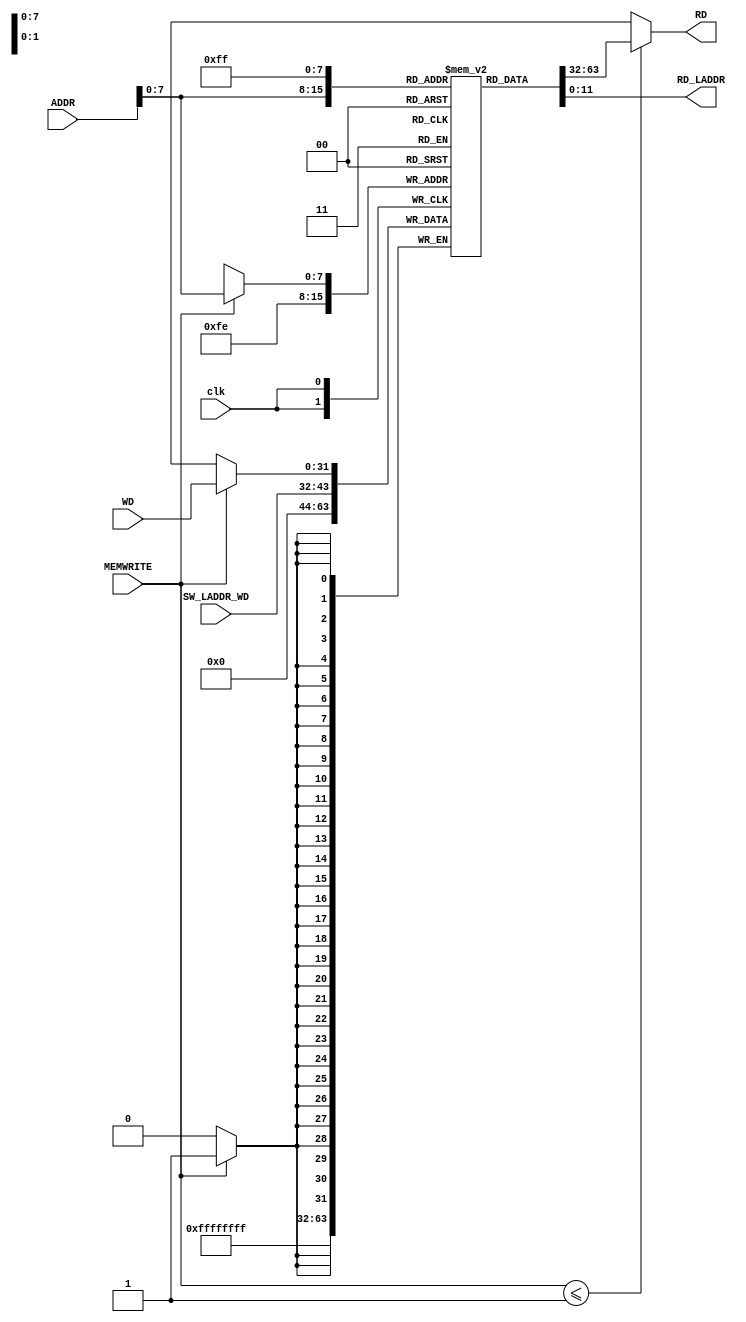
// data memory
module dm(
        input clk,
        input [31:0] WD,
        input [31:0] ADDR,
        input [11:0] SW_LADDR_WD, // will act as last address data in. -> STDIN
        input MEMWRITE, // WRITE ENABLE (WE)
        output [31:0] RD,
        output [11:0] RD_LADDR // will output last 12 bits of the content at the last address in memory. -> STDOUT
        );
        reg [31:0] ram_content [255:0]; // ONE-HOT lines.
        
        initial begin
        ram_content[0] = 0;
        ram_content[1] = 0;
        ram_content[2] = 0;
        ram_content[3] = 0;
        ram_content[4] = 0;
        ram_content[5] = 0;
        ram_content[6] = 0;
        ram_content[7] = 0;
        ram_content[8] = 0;
        ram_content[9] = 0;
        ram_content[10] = 0;
        ram_content[11] = 0;
        ram_content[12] = 0;
        ram_content[13] = 0;
        ram_content[14] = 0;
        ram_content[15] = 0;
        ram_content[16] = 0;
        ram_content[17] = 0;
        ram_content[18] = 0;
        ram_content[19] = 0;
        ram_content[20] = 0;
        ram_content[21] = 0;
        ram_content[22] = 0;
        ram_content[23] = 0;
        ram_content[24] = 0;
        ram_content[25] = 0;
        ram_content[26] = 0;
        ram_content[27] = 0;
        ram_content[28] = 0;
        ram_content[29] = 0;
        ram_content[30] = 0;
        ram_content[31] = 0;
        ram_content[32] = 0;
        ram_content[33] = 0;
        ram_content[34] = 0;
        ram_content[35] = 0;
        ram_content[36] = 0;
        ram_content[37] = 0;
        ram_content[38] = 0;
        ram_content[39] = 0;
        ram_content[40] = 0;
        ram_content[41] = 0;
        ram_content[42] = 0;
        ram_content[43] = 0;
        ram_content[44] = 0;
        ram_content[45] = 0;
        ram_content[46] = 0;
        ram_content[47] = 0;
        ram_content[48] = 0;
        ram_content[49] = 0;
        ram_content[50] = 0;
        ram_content[51] = 0;
        ram_content[52] = 0;
        ram_content[53] = 0;
        ram_content[54] = 0;
        ram_content[55] = 0;
        ram_content[56] = 0;
        ram_content[57] = 0;
        ram_content[58] = 0;
        ram_content[59] = 0;
        ram_content[60] = 0;
        ram_content[61] = 0;
        ram_content[62] = 0;
        ram_content[63] = 0;
        ram_content[64] = 0;
        ram_content[65] = 0;
        ram_content[66] = 0;
        ram_content[67] = 0;
        ram_content[68] = 0;
        ram_content[69] = 0;
        ram_content[70] = 0;
        ram_content[71] = 0;
        ram_content[72] = 0;
        ram_content[73] = 0;
        ram_content[74] = 0;
        ram_content[75] = 0;
        ram_content[76] = 0;
        ram_content[77] = 0;
        ram_content[78] = 0;
        ram_content[79] = 0;
        ram_content[80] = 0;
        ram_content[81] = 0;
        ram_content[82] = 0;
        ram_content[83] = 0;
        ram_content[84] = 0;
        ram_content[85] = 0;
        ram_content[86] = 0;
        ram_content[87] = 0;
        ram_content[88] = 0;
        ram_content[89] = 0;
        ram_content[90] = 0;
        ram_content[91] = 0;
        ram_content[92] = 0;
        ram_content[93] = 0;
        ram_content[94] = 0;
        ram_content[95] = 0;
        ram_content[96] = 0;
        ram_content[97] = 0;
        ram_content[98] = 0;
        ram_content[99] = 0;
        ram_content[100] = 0;
        ram_content[101] = 0;
        ram_content[102] = 0;
        ram_content[103] = 0;
        ram_content[104] = 0;
        ram_content[105] = 0;
        ram_content[106] = 0;
        ram_content[107] = 0;
        ram_content[108] = 0;
        ram_content[109] = 0;
        ram_content[110] = 0;
        ram_content[111] = 0;
        ram_content[112] = 0;
        ram_content[113] = 0;
        ram_content[114] = 0;
        ram_content[115] = 0;
        ram_content[116] = 0;
        ram_content[117] = 0;
        ram_content[118] = 0;
        ram_content[119] = 0;
        ram_content[120] = 0;
        ram_content[121] = 0;
        ram_content[122] = 0;
        ram_content[123] = 0;
        ram_content[124] = 0;
        ram_content[125] = 0;
        ram_content[126] = 0;
        ram_content[127] = 0;
        ram_content[128] = 0;
        ram_content[129] = 0;
        ram_content[130] = 0;
        ram_content[131] = 0;
        ram_content[132] = 0;
        ram_content[133] = 0;
        ram_content[134] = 0;
        ram_content[135] = 0;
        ram_content[136] = 0;
        ram_content[137] = 0;
        ram_content[138] = 0;
        ram_content[139] = 0;
        ram_content[140] = 0;
        ram_content[141] = 0;
        ram_content[142] = 0;
        ram_content[143] = 0;
        ram_content[144] = 0;
        ram_content[145] = 0;
        ram_content[146] = 0;
        ram_content[147] = 0;
        ram_content[148] = 0;
        ram_content[149] = 0;
        ram_content[150] = 0;
        ram_content[151] = 0;
        ram_content[152] = 0;
        ram_content[153] = 0;
        ram_content[154] = 0;
        ram_content[155] = 0;
        ram_content[156] = 0;
        ram_content[157] = 0;
        ram_content[158] = 0;
        ram_content[159] = 0;
        ram_content[160] = 0;
        ram_content[161] = 0;
        ram_content[162] = 0;
        ram_content[163] = 0;
        ram_content[164] = 0;
        ram_content[165] = 0;
        ram_content[166] = 0;
        ram_content[167] = 0;
        ram_content[168] = 0;
        ram_content[169] = 0;
        ram_content[170] = 0;
        ram_content[171] = 0;
        ram_content[172] = 0;
        ram_content[173] = 0;
        ram_content[174] = 0;
        ram_content[175] = 0;
        ram_content[176] = 0;
        ram_content[177] = 0;
        ram_content[178] = 0;
        ram_content[179] = 0;
        ram_content[180] = 0;
        ram_content[181] = 0;
        ram_content[182] = 0;
        ram_content[183] = 0;
        ram_content[184] = 0;
        ram_content[185] = 0;
        ram_content[186] = 0;
        ram_content[187] = 0;
        ram_content[188] = 0;
        ram_content[189] = 0;
        ram_content[190] = 0;
        ram_content[191] = 0;
        ram_content[192] = 0;
        ram_content[193] = 0;
        ram_content[194] = 0;
        ram_content[195] = 0;
        ram_content[196] = 0;
        ram_content[197] = 0;
        ram_content[198] = 0;
        ram_content[199] = 0;
        ram_content[200] = 0;
        ram_content[201] = 0;
        ram_content[202] = 0;
        ram_content[203] = 0;
        ram_content[204] = 0;
        ram_content[205] = 0;
        ram_content[206] = 0;
        ram_content[207] = 0;
        ram_content[208] = 0;
        ram_content[209] = 0;
        ram_content[210] = 0;
        ram_content[211] = 0;
        ram_content[212] = 0;
        ram_content[213] = 0;
        ram_content[214] = 0;
        ram_content[215] = 0;
        ram_content[216] = 0;
        ram_content[217] = 0;
        ram_content[218] = 0;
        ram_content[219] = 0;
        ram_content[220] = 0;
        ram_content[221] = 0;
        ram_content[222] = 0;
        ram_content[223] = 0;
        ram_content[224] = 0;
        ram_content[225] = 0;
        ram_content[226] = 0;
        ram_content[227] = 0;
        ram_content[228] = 0;
        ram_content[229] = 0;
        ram_content[230] = 0;
        ram_content[231] = 0;
        ram_content[232] = 0;
        ram_content[233] = 0;
        ram_content[234] = 0;
        ram_content[235] = 0;
        ram_content[236] = 0;
        ram_content[237] = 0;
        ram_content[238] = 0;
        ram_content[239] = 0;
        ram_content[240] = 0;
        ram_content[241] = 0;
        ram_content[242] = 0;
        ram_content[243] = 0;
        ram_content[244] = 0;
        ram_content[245] = 0;
        ram_content[246] = 0;
        ram_content[247] = 0;
        ram_content[248] = 0;
        ram_content[249] = 0;
        ram_content[250] = 0;
        ram_content[251] = 0;
        ram_content[252] = 0;
        ram_content[253] = 0;
        ram_content[254] = 0;
        ram_content[255] = 0;
        end
        
        always@(posedge clk) begin
            if(MEMWRITE) begin
                ram_content[ADDR] <= WD;
                // we write in offsets of 32 bits, so
                // we ignore bits 0 and 1 (division by 4)
                // we can also store with offset using this instruction.
                // basically, RAM[OFFSET/4 << 2*OFFSET%4] = value. 
                //{ram_content[ADDR[31:2] + 1], ram_content[ADDR[31:2]]} <= ((WD << ADDR[1:0]) << ADDR[1:0]);
            end
                ram_content[254] = {20'b0, SW_LADDR_WD}; // IO -> STDIN (FD0)
        end
        
        // we can also load with offset using this.
        //wire [63:0] auxreg_lwoffset;
        //assign auxreg_lwoffset = (({ram_content[ADDR[31:2] + 1], ram_content[ADDR[31:2]]} >> ADDR[1:0]) >> ADDR[1:0]); 
            
        assign RD = (MEMWRITE <= 1'b1) ? ram_content[ADDR]
                    //auxreg_lwoffset[31:0]
                    : {32{1'bx}};
                    
        assign RD_LADDR = ram_content[255][11:0]; // IO -> STDOUT (FD1)
endmodule

/*
module tb_dm;
    reg clk;
    reg [31:0] WD;
    reg [31:0] ADDR;
    reg MEMWRITE;
    wire [31:0] RD;
    
    dm dm_dut(
        .clk(clk),
        .WD(WD),
        .ADDR(ADDR),
        .MEMWRITE(MEMWRITE),
        .RD(RD)
        );
        
        initial
            #100 $finish;
            
        initial begin
            #0 clk = 1'b0;
            forever #5 clk = ~clk;
            end
endmodule*/